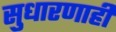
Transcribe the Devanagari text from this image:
सुधारणाही